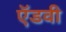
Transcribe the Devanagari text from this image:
ऍडवी